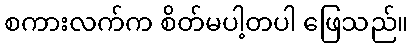
စကားလက်က စိတ်မပါ့တပါ ဖြေသည်။